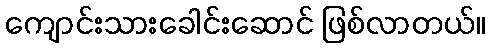
ကျောင်းသားခေါင်းဆောင် ဖြစ်လာတယ်။